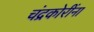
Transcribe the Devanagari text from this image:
चंद्रकोरींना